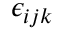
\epsilon _ { i j k }